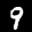
Label: 9